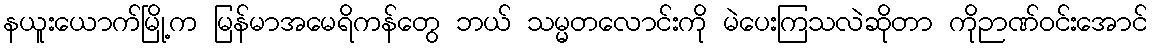
နယူးယောက်မြို့က မြန်မာအမေရိကန်တွေ ဘယ် သမ္မတလောင်းကို မဲပေးကြသလဲဆိုတာ ကိုဉာဏ်ဝင်းအောင်